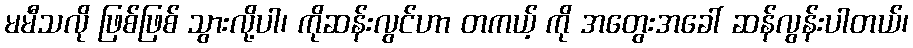
မမီသလို ဖြစ်ဖြစ် သွားလို့ပါ၊ ကိုဆန်းလွင်ဟာ တကယ့် ကို အတွေးအခေါ် ဆန်လွန်းပါတယ်၊